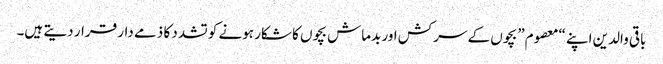
باقی والدین اپنے “معصوم” بچوں کے سرکش اور بدماش بچوں کا شکار ہونے کو تشدد کا ذمے دار قرار دیتے ہیں۔